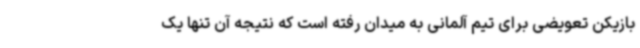
بازیکن تعویضی برای تیم آلمانی به میدان رفته است که نتیجه آن تنها یک